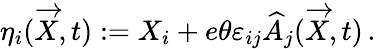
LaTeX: \eta_{i}(\overrightarrow{X},t):=X_{i}+e\theta\varepsilon_{ij}\widehat{A}_{j}(\overrightarrow{X},t)\, .